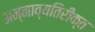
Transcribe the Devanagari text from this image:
अन्नाव्यतिरीक्त